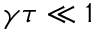
\gamma \tau \ll 1